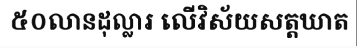
៥០លានដុល្លារ លើវិស័យសត្តឃាត